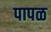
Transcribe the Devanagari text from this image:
पापळ